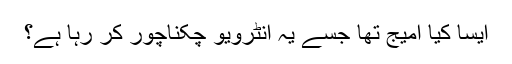
ایسا کیا امیج تھا جسے یہ انٹرویو چکناچور کر رہا ہے؟